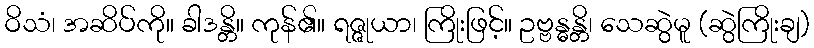
ဝိသံ၊ အဆိပ်ကို။ ခါဒန္တိ။ ကုန်၏။ ရဇ္ဇုယာ၊ ကြိုးဖြင့်။ ဥဗ္ဗန္ဓန္တိ၊ သေဆွဲမူ (ဆွဲကြိုးချ)